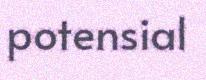
potensial